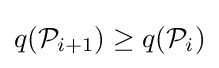
q({\mathcal {P}}_{i+1})\geq q({\mathcal {P}}_{i})